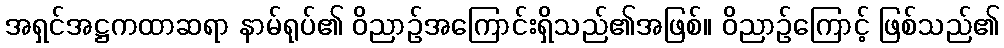
အရှင်အဋ္ဌကထာဆရာ နာမ်ရုပ်၏ ဝိညာဉ်အကြောင်းရှိသည်၏အဖြစ်။ ဝိညာဉ်ကြောင့် ဖြစ်သည်၏